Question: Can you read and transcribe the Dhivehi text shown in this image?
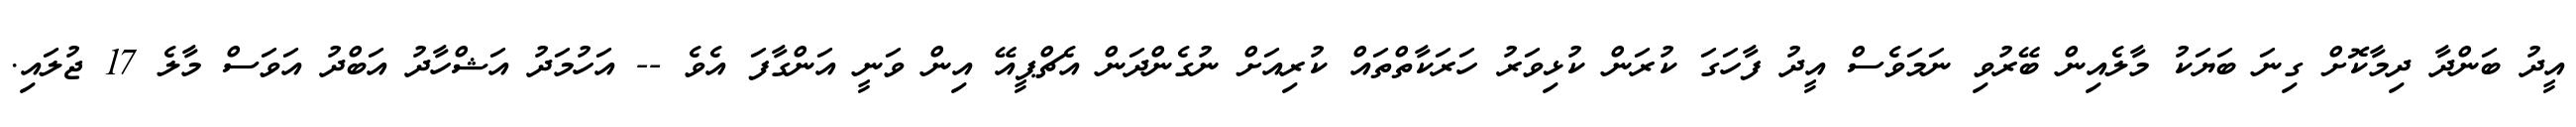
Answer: އީދު ބަންދާ ދިމާކޮށް ގިނަ ބަޔަކު މާލެއިން ބޭރުވި ނަމަވެސް އީދު ފާހަގަ ކުރަން ކުޅިވަރު ހަރަކާތްތައް ކުރިއަށް ނުގެންދަން އެޗްޕީއޭ އިން ވަނީ އަންގާފަ އެވެ -- އަހުމަދު އަޝްހާދު އަބްދު އަވަސް މާލެ 17 ޖުލައި.